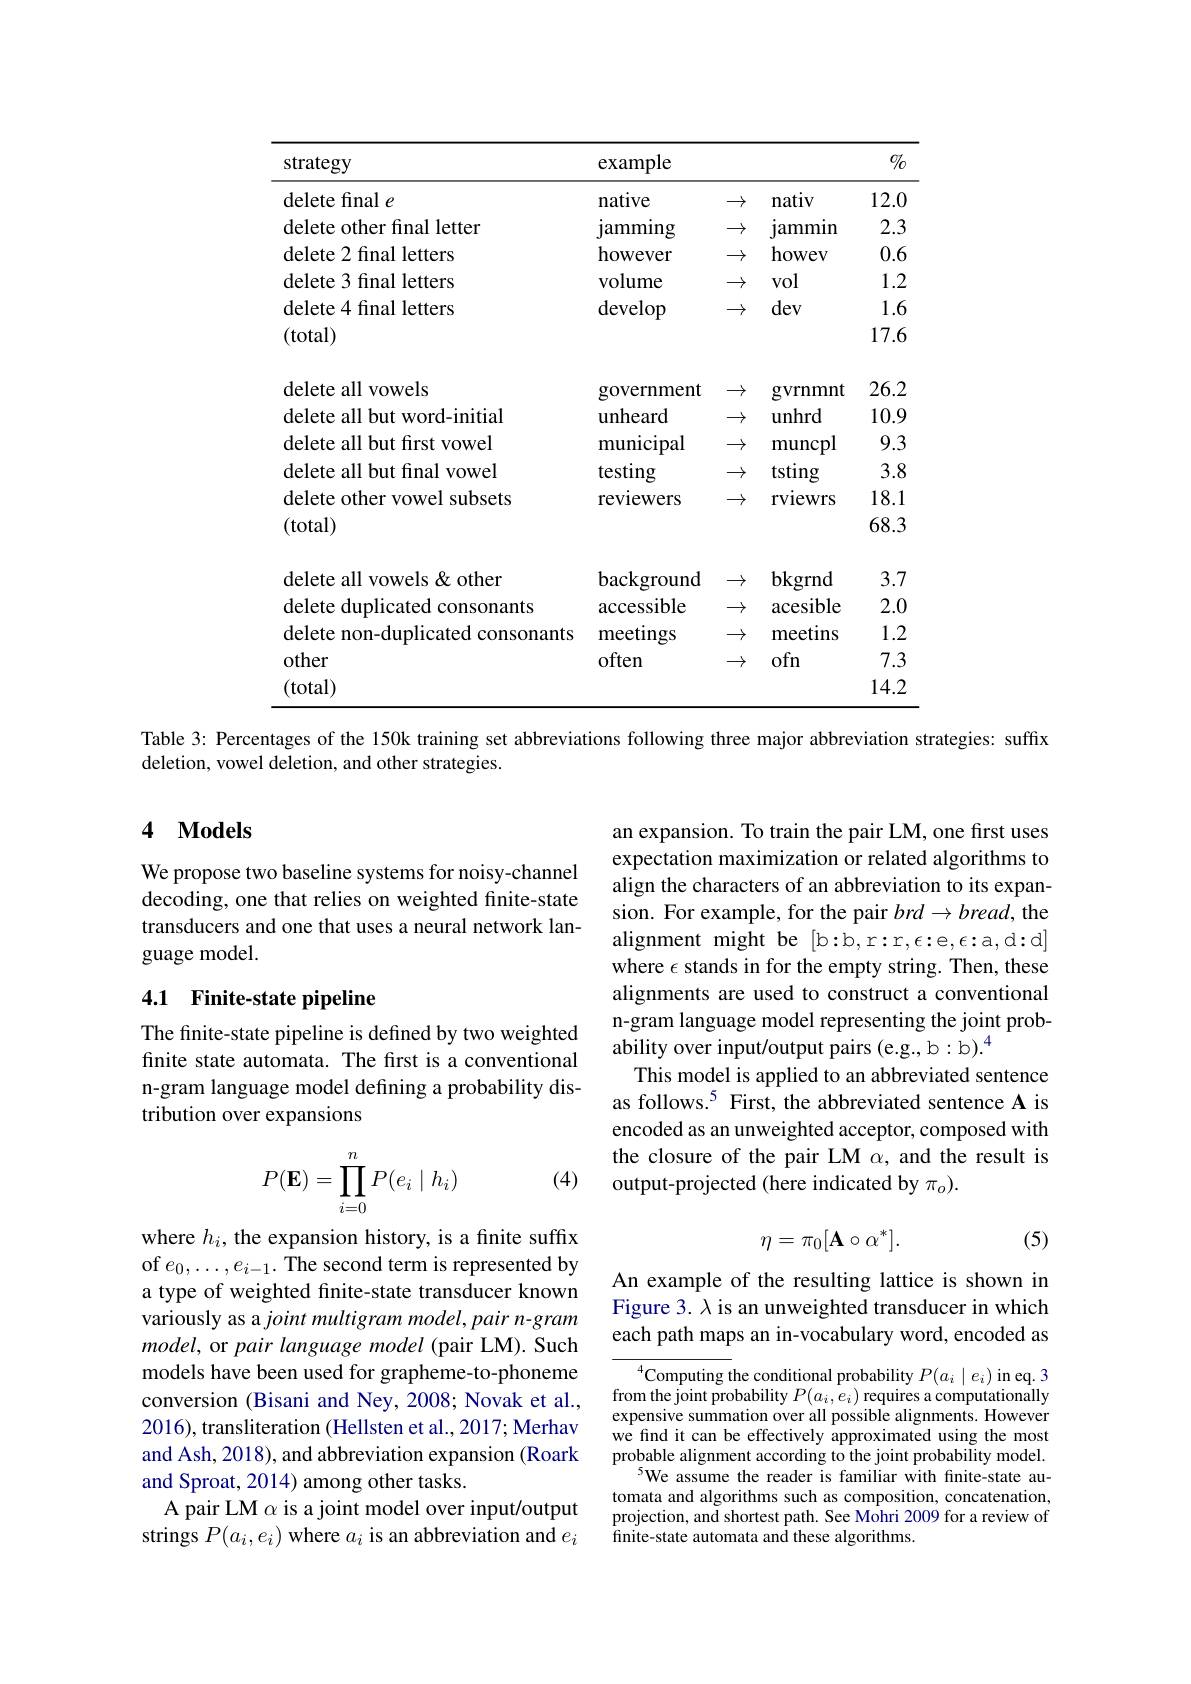
<table>
	<tbody>
		<tr>
			<th>strategy</th>
			<th>example</th>
			<th> </th>
			<th> </th>
			<th>$0/_{0}$</th>
		</tr>
		<tr>
			<td>delete final $e$</td>
			<td>${\mathrm{native}}$</td>
			<td>$\rightarrow$ - - - </td>
			<td>nativ</td>
			<td>12.0</td>
		</tr>
		<tr>
			<td>delete other final letter</td>
			<td>${\mathrm{jamming}}$</td>
			<td>$\rightarrow$ - - -</td>
			<td>lamm1n</td>
			<td>2.3</td>
		</tr>
		<tr>
			<td>delete 2 final letters</td>
			<td>however</td>
			<td>$\rightarrow$ - - -</td>
			<td>howev</td>
			<td>0.6</td>
		</tr>
		<tr>
			<td>delete 3 final letters</td>
			<td>volume</td>
			<td>$\rightarrow$ - - -</td>
			<td>vol</td>
			<td>1.2</td>
		</tr>
		<tr>
			<td>delete 4 final letters</td>
			<td>develop</td>
			<td>$\rightarrow$ -</td>
			<td>dev</td>
			<td>1.6</td>
		</tr>
		<tr>
			<td>(total)</td>
			<td> </td>
			<td> </td>
			<td> </td>
			<td>17.6</td>
		</tr>
		<tr>
			<td> </td>
			<td>ant</td>
			<td>1 T</td>
			<td>$mt$</td>
			<td> </td>
		</tr>
		<tr>
			<td>$.11~{\mathrm{VOWCIS}}$</td>
			<td>SOVCIIIICIIL 1 一</td>
			<td>7</td>
			<td>$\angle ADDDDDC$ 2</td>
			<td>$\angle0.\angle$ 1</td>
		</tr>
		<tr>
			<td>delete all but word-1nıtıal</td>
			<td>unheard</td>
			<td>7</td>
			<td>unhrd</td>
			<td>10.9</td>
		</tr>
		<tr>
			<td>delete all but first vowel</td>
			<td>municipal</td>
			<td>$\rightarrow$</td>
			<td>muncpl</td>
			<td>9.3</td>
		</tr>
		<tr>
			<td>delete all but final vowel</td>
			<td>testing</td>
			<td>$\rightarrow$</td>
			<td>tsting</td>
			<td>3.8</td>
		</tr>
		<tr>
			<td>delete other vowel subsets</td>
			<td>rev1ewers</td>
			<td>$\rightarrow$</td>
			<td>rvlewrs</td>
			<td>18.1</td>
		</tr>
		<tr>
			<td>(total)</td>
			<td> </td>
			<td> </td>
			<td> </td>
			<td>68.3</td>
		</tr>
		<tr>
			<td> </td>
			<td> </td>
			<td> </td>
			<td> </td>
			<td> </td>
		</tr>
		<tr>
			<td>delete all vowels & other</td>
			<td>background</td>
			<td>$\rightarrow$ - - -</td>
			<td>bkgrnd</td>
			<td>3.7</td>
		</tr>
		<tr>
			<td>delete duplicated consonants</td>
			<td>accessible</td>
			<td>$\rightarrow$ -</td>
			<td>acesible</td>
			<td>2.0</td>
		</tr>
		<tr>
			<td>delete non-duplicated consonants</td>
			<td>meetings</td>
			<td>$\rightarrow$ -</td>
			<td>meetins</td>
			<td>1.2</td>
		</tr>
		<tr>
			<td>other</td>
			<td>often</td>
			<td>$\rightarrow$ -</td>
			<td>ofn</td>
			<td>7.3</td>
		</tr>
		<tr>
			<td>(total)</td>
			<td> </td>
			<td> </td>
			<td> </td>
			<td>14.2</td>
		</tr>
	</tbody>
</table>

Table 3: Percentages of the 150k training set abbreviations following three major abbreviation strategies: suffix
deletion, vowel deletion, and other strategies.

## 4 $\mathbf{Models}$

We propose two baseline systems for noisy-channel decoding, one that relies on weighted finite-state transducers and one that uses a neural network language model.

## 4.1 Finite-state pipeline

an expansion. To train the pair LM, one first uses expectation maximization or related algorithms to align the characters of an abbreviation to its expansion. For example, for the pair $brd\to bread$, the alignment might be [b:b,r:r,$\epsilon$:e$,\epsilon$:a,d:d] where $\epsilon$ stands in for the empty string. Then, these alignments are used to construct a conventional n-gram language model representing the joint probability over input/output pairs (e.g., b: b).$^4$
This model is applied to an abbreviated sentence as follows.$^{5}$ First, the abbreviated sentence A is encoded as an unweighted acceptor, composed with the closure of the pair LM $\alpha$, and the result is output-projected (here indicated by $\pi_o).$

The finite-state pipeline is defined by two weighted finite state automata. The first is a conventional n-gram language model defining a probability distribution over expansions

(4)
$$P(\mathbf{E})=\prod_{i=0}^nP(e_i\mid h_i)$$
(5)
$$\eta=\pi_0[\mathbf{A}\circ\alpha^*].$$
An example of the resulting lattice is shown in Figure 3. λ is an unweighted transducer in which each path maps an in-vocabulary word, encoded as

where $h_i$, the expansion history, is a finite suffix of $e_0,\ldots,e_{i-1}.$ The second term is represented by a type of weighted finite-state transducer known variously as a joint multigram model, pair n-gram model, or pair language model (pair LM). Such models have been used for grapheme-to-phoneme conversion (Bisani and Ney, 2008; Novak et al., from the joint probability $P(a_i,e_i)$ requires a computationally2016) transliteration (Hellsten et al 2017·Merhav expensive summation over all possible alignments. However
2016),transliteration (Hellsten et al., 2017; Merhav and Ash, 2018), and abbreviation expansion (Roark and Sproat, 2014) among other tasks.
A pair LM $\alpha$ is a joint model over input/output strings $P(a_i,e_i)$ where $a_i$ is an abbreviation and $e_i$

${\overline{{^4}\text{Computing the conditional probability }P(a_i\mid e_i)\text{ in eq. 3}}}$ we find it can be effectively approximated using the most probable alignment according to the joint probability model.
$^{5}$We assume the reader is familiar with fnite-state automata and algorithms such as composition, concatenation, projection, and shortest path. See Mohri 2009 for a review of finite-state automata and these algorithms.